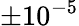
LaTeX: \pm 10^{-5}